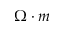
\Omega \cdot m